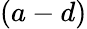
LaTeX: (a-d)